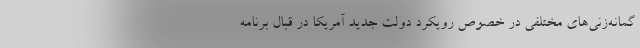
گمانه‌زنی‌های مختلفی در خصوص رویکرد دولت جدید آمریکا در قبال برنامه